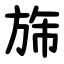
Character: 旆